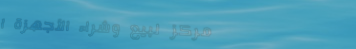
مركز لبيع وشراء الأجهزة ا